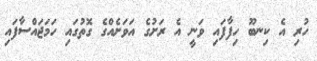
ހުރި އެ ކިނބޫ ހިފާފައި ވަނީ އެ ރަށުގެ އަވަށެއްގެ ގޮތުގައި ހަމަޖައްސާފައި